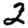
Digit: 2